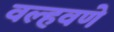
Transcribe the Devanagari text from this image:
वल्हवणे